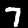
Label: 7